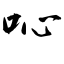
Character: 吣